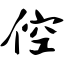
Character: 倥